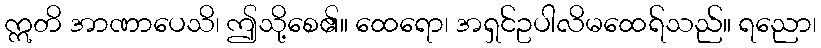
ဣတိ အာဏာပေသိ၊ ဤသို့စေ၏။ ထေရော၊ အရှင်ဥပါလိမထေရ်သည်။ ရညော၊